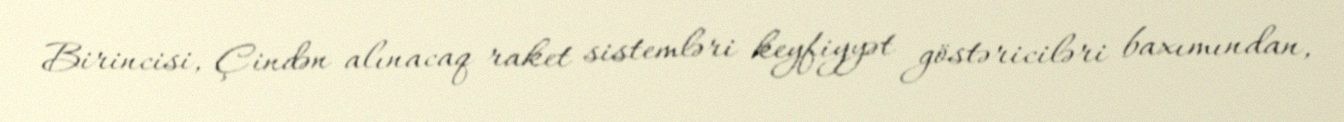
Birincisi, Çindən alınacaq raket sistemləri keyfiyyət göstəriciləri baxımından,